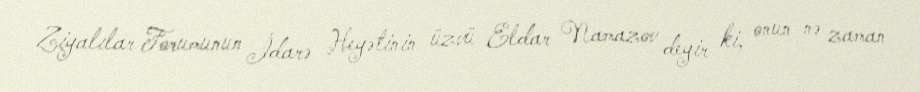
Ziyalılar Forumunun İdarə Heyətinin üzvü Eldar Namazov deyir ki, onun nə zaman